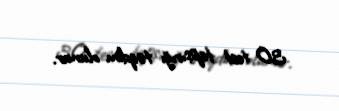
30 test tapşırığı təqdim olunur.